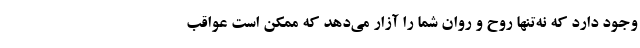
وجود دارد که نه‌تنها روح و روان شما را آزار می‌دهد که ممکن است عواقب